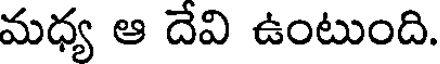
మధ్య ఆ దేవి ఉంటుంది.